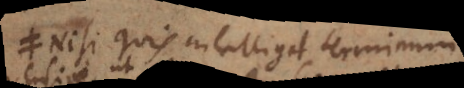
Nisi quis intelligat terminum